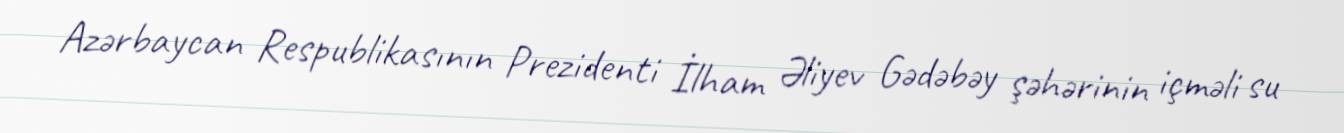
Azərbaycan Respublikasının Prezidenti İlham Əliyev Gədəbəy şəhərinin içməli su